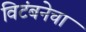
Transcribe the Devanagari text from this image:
विटंबनेचा